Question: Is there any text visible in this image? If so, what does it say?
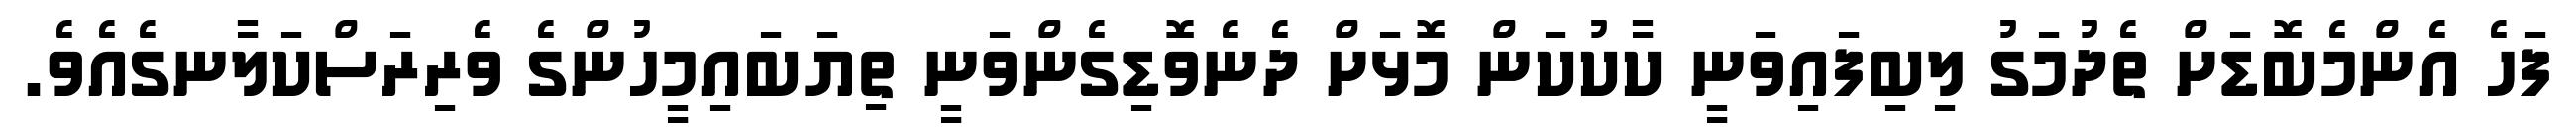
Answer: ފަހެ އެންމެބޮޑަށް ތެދުމަގު ލިބިފައިވަނީ ކާކުކަން މޮޅަށް ދެނެވޮޑިގެންވަނީ ތިޔަބައިމީހުންގެ ވެރިރަސްކަލާނގެއެވެ.